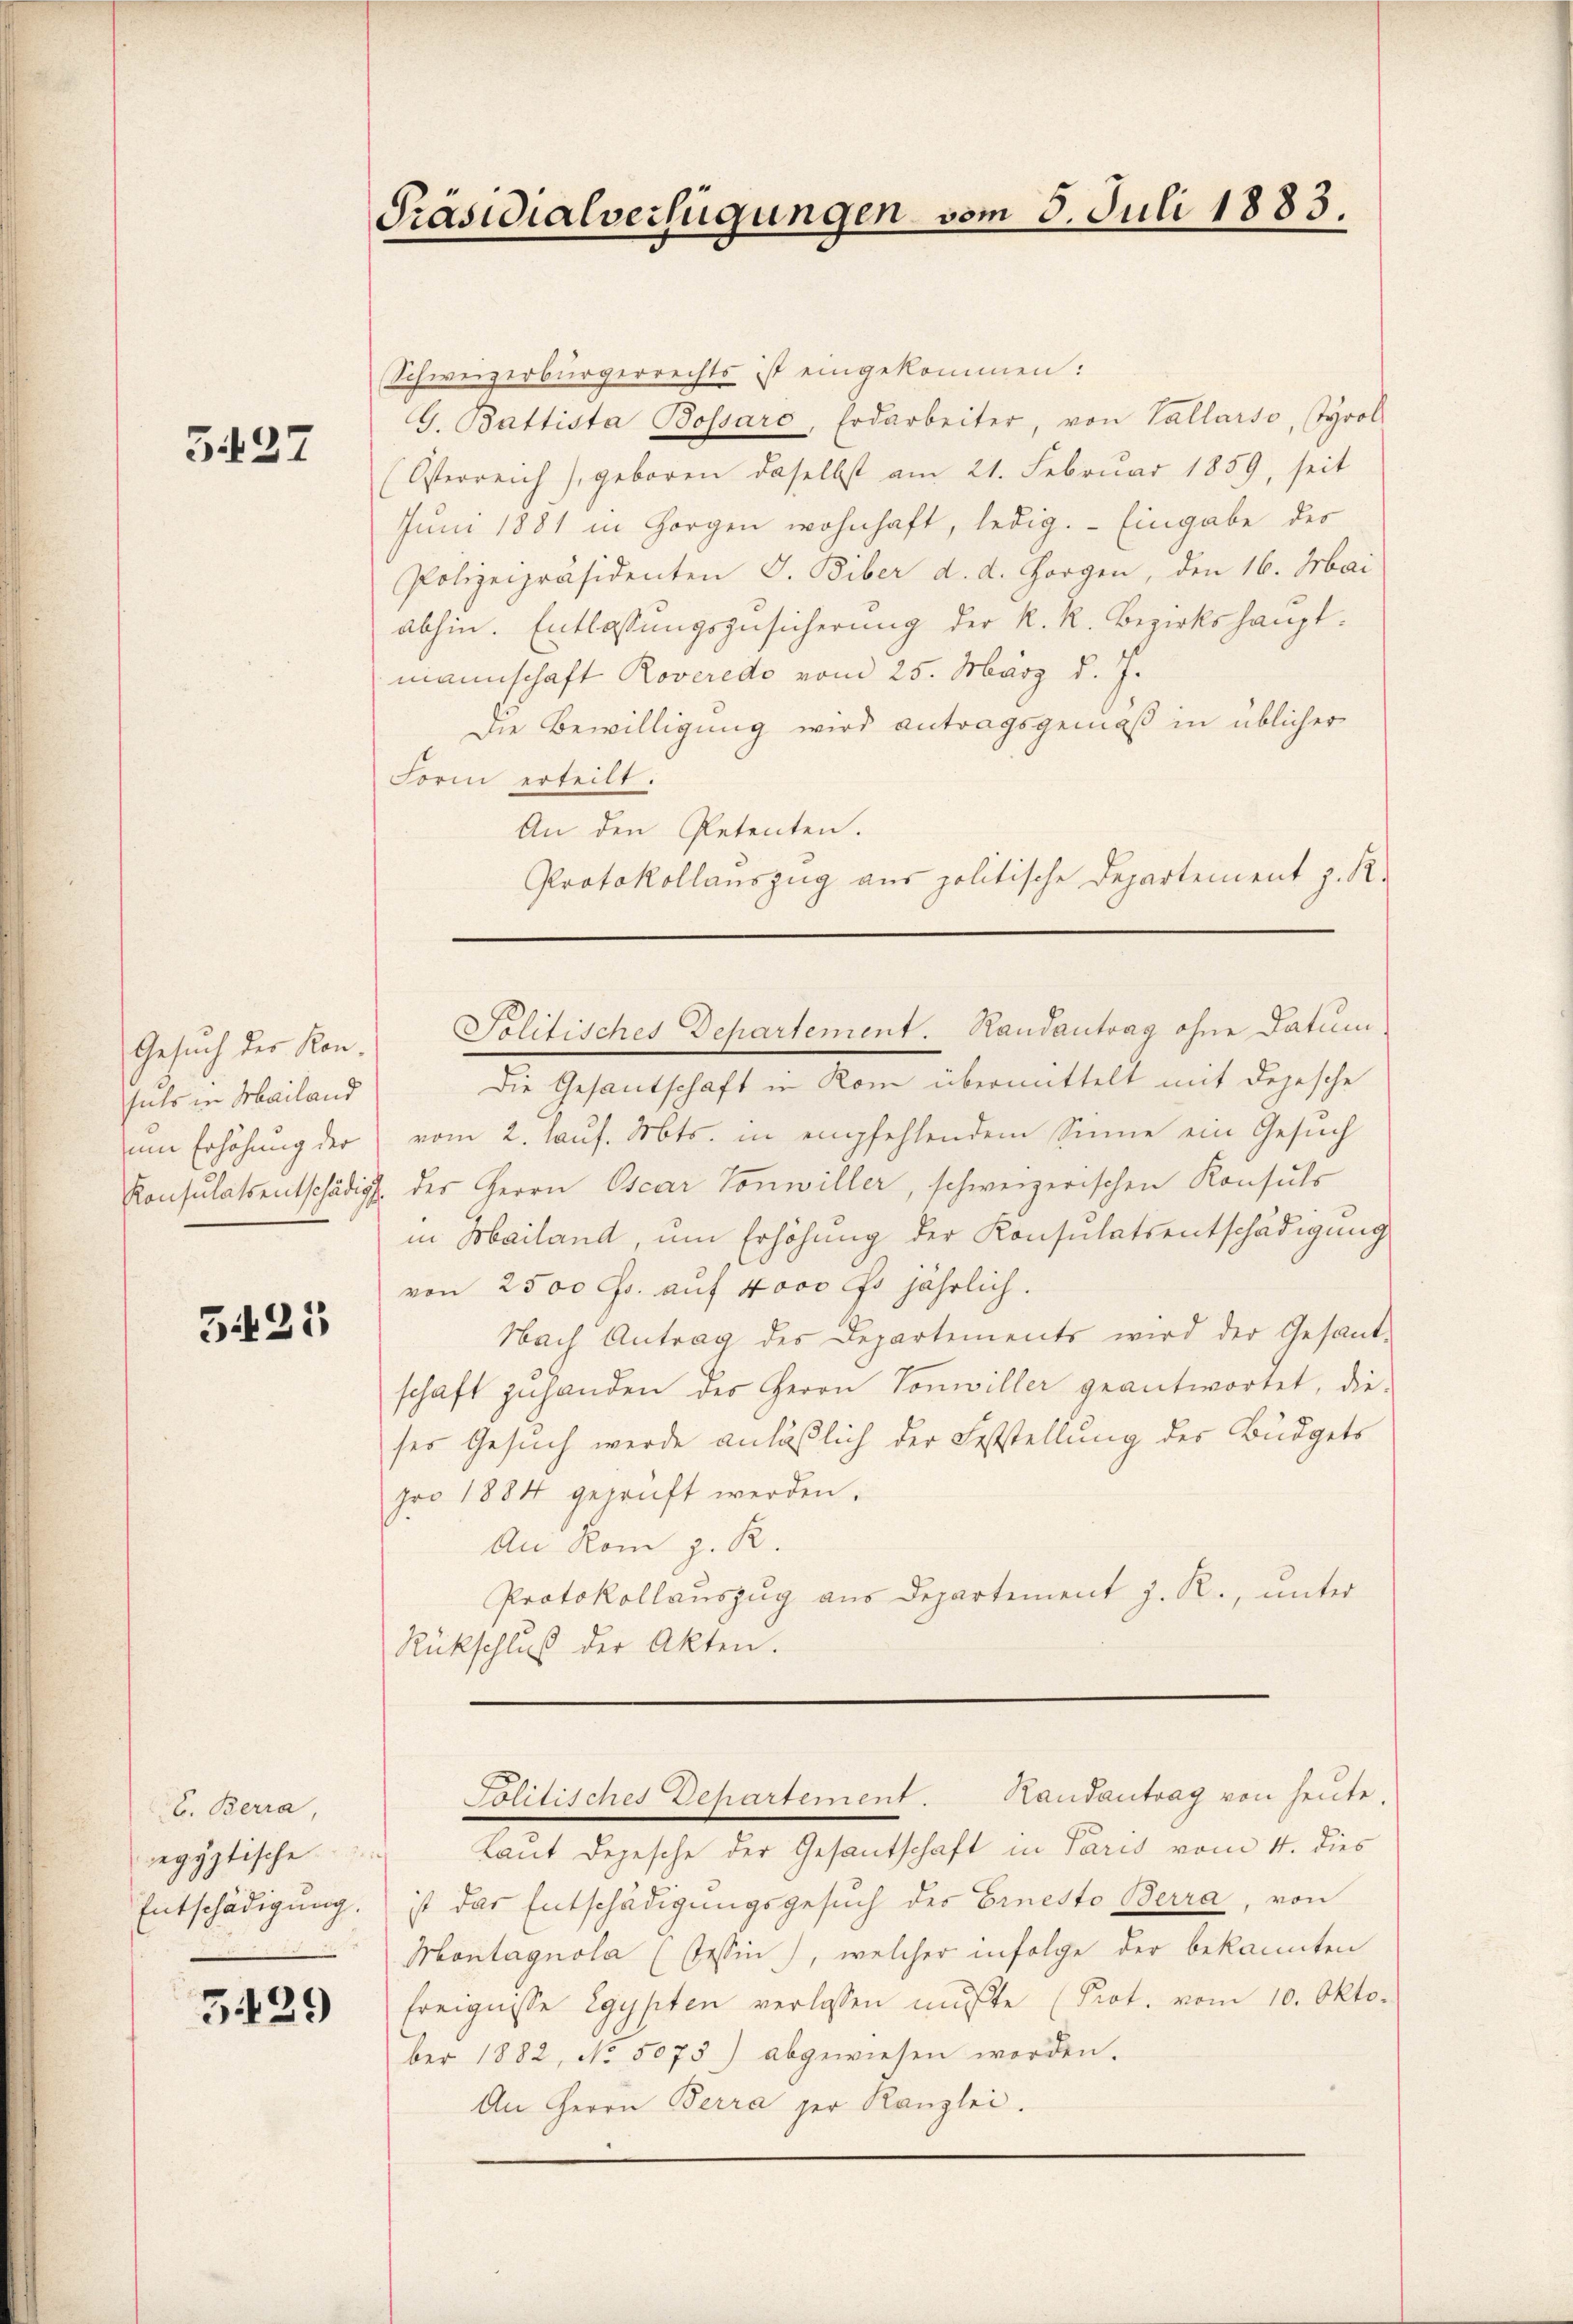
51127

Gesuch der Konsuls in Mailand
um Erhöhung der

5425

E. Berra,
egyptische
Entschädigung.

3439

Präsidialverfügungen vom 5. Juli 1883.

Schweizerbürgerrechts ist eingekommen:
G. Battista Bossaro, Erdarbeiter, von Vallarso, tyrol
(Österreich), geboren daselbst am 21. Februar 1859, seit
Juni 1881 in Horgen wohnhaft, ledig. Eingabe des
Polizeipräsidenten G. Biber d. d. Horgen, den 16. Mai
abhin. Entlassungszusicherung der K. R. Bezirkshauptmannschaft Roveredo vom 25. März d. J.
Die Bewilligung wird antragsgemäß in üblicher
Form erteilt.
An den Petenten.
Protokollauszug aus politische Departement z. R.

Politisches Departement. Handantrag ohne Datum

Die Gesandschaft in Rom übermittelt mit depesche
vom 2. Kauf. Mts. in empfehlendem Sinne ein Gesuch
Konsulatsentschädigt. des Herrn Oscar Vonwiller, schweizerischen Konsuls
in Mailand, um Erhöhung der Konsulatsentschädigung
von 2500 Fr. auf 4000 Fr jährlich.
Nach Antrag des Departements wird der Gesand-
schaft zuhanden der Herrn Vonwiller geantwortet, die-
ser Gesuch werde anläßlich der Feststellung des Büdgets
pro 1884 geprüft werden.
An Rom z. R.
Protokollaŭszŭg aŭs Departement z. R., ŭnter
Rückschluß der Akten.

Laut Depesche der Gesantschaft in Paris vom 4. dies
ist das Entschädigungsgesuch des Ernesto Berra, von
Montagnola (Tessin), welcher infolge der bekannten
Ereignisse Egypten verlassen mußte (Prot. vom 10. Oktober 1882, No. 5075) abgewiesen worden.
An Herrn Berra der Kanzlei.

Randantrag von heute.
Politisches Departement.